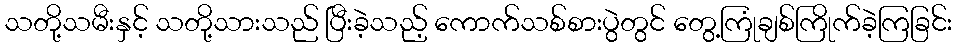
သတို့သမီးနှင့် သတို့သားသည် ပြီးခဲ့သည့် ကောက်သစ်စားပွဲတွင် တွေ့ကြုံချစ်ကြိုက်ခဲ့ကြခြင်း